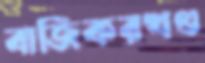
বাজিকরখণ্ড